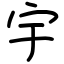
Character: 宇